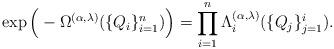
LaTeX: \begin{align*}\exp\Big(-\Omega^{(\alpha,\lambda)}(\{Q_{i}\}_{i=1}^{n})\Big)=\prod_{i=1}^{n}\Lambda_{i}^{(\alpha,\lambda)}(\{Q_{j}\}_{j=1}^{i}).\end{align*}